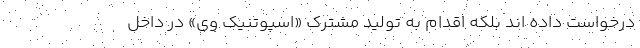
درخواست داده اند بلکه اقدام به تولید مشترک «اسپوتنیک وی» در داخل